Civil Veterinary Dept. Bombay admin report 1932-41 - 1932-1941
Year: 1932
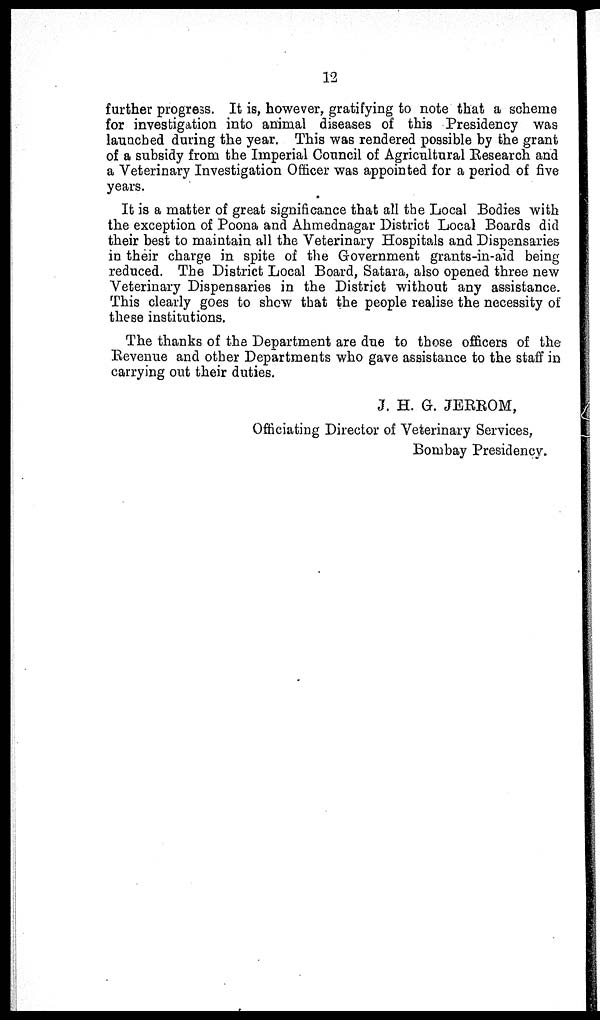
12
further progress. It is, however, gratifying to note that a scheme
for investigation into animal diseases of this Presidency was
launched during the year. This was rendered possible by the grant
of a subsidy from the Imperial Council of Agricultural Research and
a Veterinary Investigation Officer was appointed for a period of five
years.
It is a matter of great significance that all the Local Bodies with
the exception of Poona and Ahmednagar District Local Boards did
their best to maintain all the Veterinary Hospitals and Dispensaries
in their charge in spite of the Government grants-in-aid being
reduced. The District Local Board, Satara, also opened three new
Veterinary Dispensaries in the District without any assistance.
This clearly goes to show that the people realise the necessity of
these institutions.
The thanks of the Department are due to those officers of the
Revenue and other Departments who gave assistance to the staff in
carrying out their duties.
J. H. G. JERROM,
Officiating Director of Veterinary Services,
Bombay Presidency.